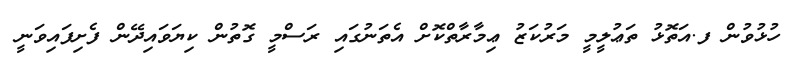
ހުޅުވުން ފ.އަތޮޅު ތަޢުލީމީ މަރުކަޒު ޢިމާރާތްކޮށް އެތަނުގައި ރަސްމީ ގޮތުން ކިޔަވައިދޭން ފެށިފައިވަނީ